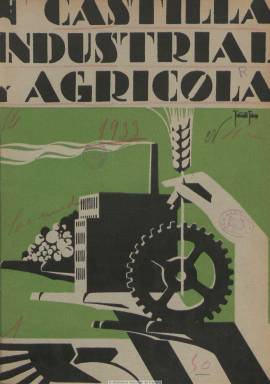
Título: Castilla industrial y agrícola
Colección: Agricultura y ganadería || Industria
Ámbito geográfico: Burgos
Lugar de publicación: Burgos
Fechas: 01/01/1933-30/11/1934

Publicación mensual defensora de la industria, el comercio y, en general, los intereses castellanos, aparece en enero de 1933, editada en Burgos, con el objetivo de intentar el resurgimiento de la denominada Castilla la Vieja (incluida Santander), tal como se indica en su artículo de presentación, en el que se añade: “Cuando otras regiones, acogiéndose a la ley, están unas con la casi plenitud de derechos otorgados por el poder legislativo y otras en camino de alcanzarlos, los castellanos tenemos la ineludible obligación de organizar la propia defensa”, en clara referencia a la autonomía catalana y al movimiento regionalista emergente en España durante la II República.

Sus entregas serán de paginación variada, con gran profusión de fotografías, algunos dibujos y planos, y anuncios publicitarios, algunos con fotograbados. Está estructurada en secciones: Agricultura, Ganadería, Abonos, Comercio, Industria, Finanzas, Mercados y, en alguna ocasión, Bibliografía, o en provincias, como Palencia o Segovia. Suele publicar artículos, generalmente de carácter técnico, y otros con perfiles reivindicativos, así como crónicas y reportajes sobre las actividades que se desarrollan en los citados sectores económicos (ferias, exposiciones), como en otros, como es el caso del ferrocarril, las obras públicas o la construcción de escuelas rurales.

Se desconoce quien la editó y dirigió, y entre sus colaboradores se encuentran el cronista de Burgos, Eloy García de Quevedo; el ingeniero de Caminos Luis Arango; el secretario de la Cámara de Comercio de Burgos, Agustín García de Obeso; Eduardo de Ontañón, Enrique Madrazo o Teófilo López Mata, entre otros. En su primer número también escriben el entonces alcalde de Burgos y diputado a Cortes, Perfecto Ruiz; el alcalde de Santander, Eleofredo García; el presidente de la Comisión Gestora de la Diputación de Burgos y diputado, Luis García Lozano; y el también diputado a Cortes José Martínez Velasco. El número 18, correspondiente a junio de 1934, es un número extraordinario, de 76 páginas, dedicado a Burgos, y con la cubierta ilustrada a color. En cada número suele insertar el sumario. El número 23, correspondiente a noviembre de 1934, es el último de la colección.